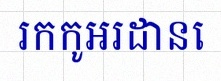
រកកូអរដោនេ